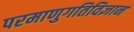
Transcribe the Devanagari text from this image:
परमाणुगतिविज्ञान